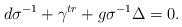
LaTeX: \begin{align*}d\sigma^{-1}+\gamma^{tr}+g\sigma^{-1}\Delta=0.\end{align*}